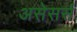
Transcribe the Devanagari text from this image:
असेसर्स